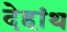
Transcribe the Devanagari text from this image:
देहांथ